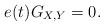
LaTeX: \begin{align*} e(t) G_{X,Y} = 0.\end{align*}